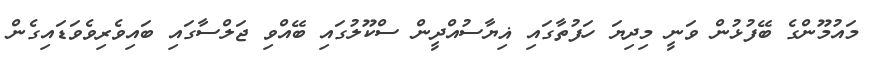
މައުމޫންގެ ބޭފުޅުން ވަނީ މިދިޔަ ހަފުތާގައި ޣިޔާސުއްދީން ސްކޫލުގައި ބޭއްވި ޖަލްސާގައި ބައިވެރިވެވަޑައިގެން